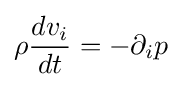
\rho {\frac {dv_{i}}{dt}}=-\partial _{i}p